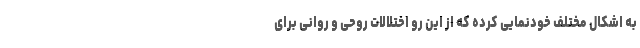
به اشکال مختلف خودنمایی کرده که از این رو اختلالات روحی و روانی برای